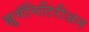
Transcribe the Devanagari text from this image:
ह्युमॅनिटिरीअन